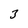
Character: 3